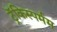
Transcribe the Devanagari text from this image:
ट्रॅकिस्पर्मम